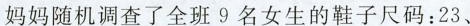
妈妈随机调查了全班9名女生的鞋子尺码：23、